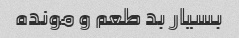
بسیار بد طعم و مونده